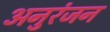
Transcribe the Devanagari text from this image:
अनुरंजन